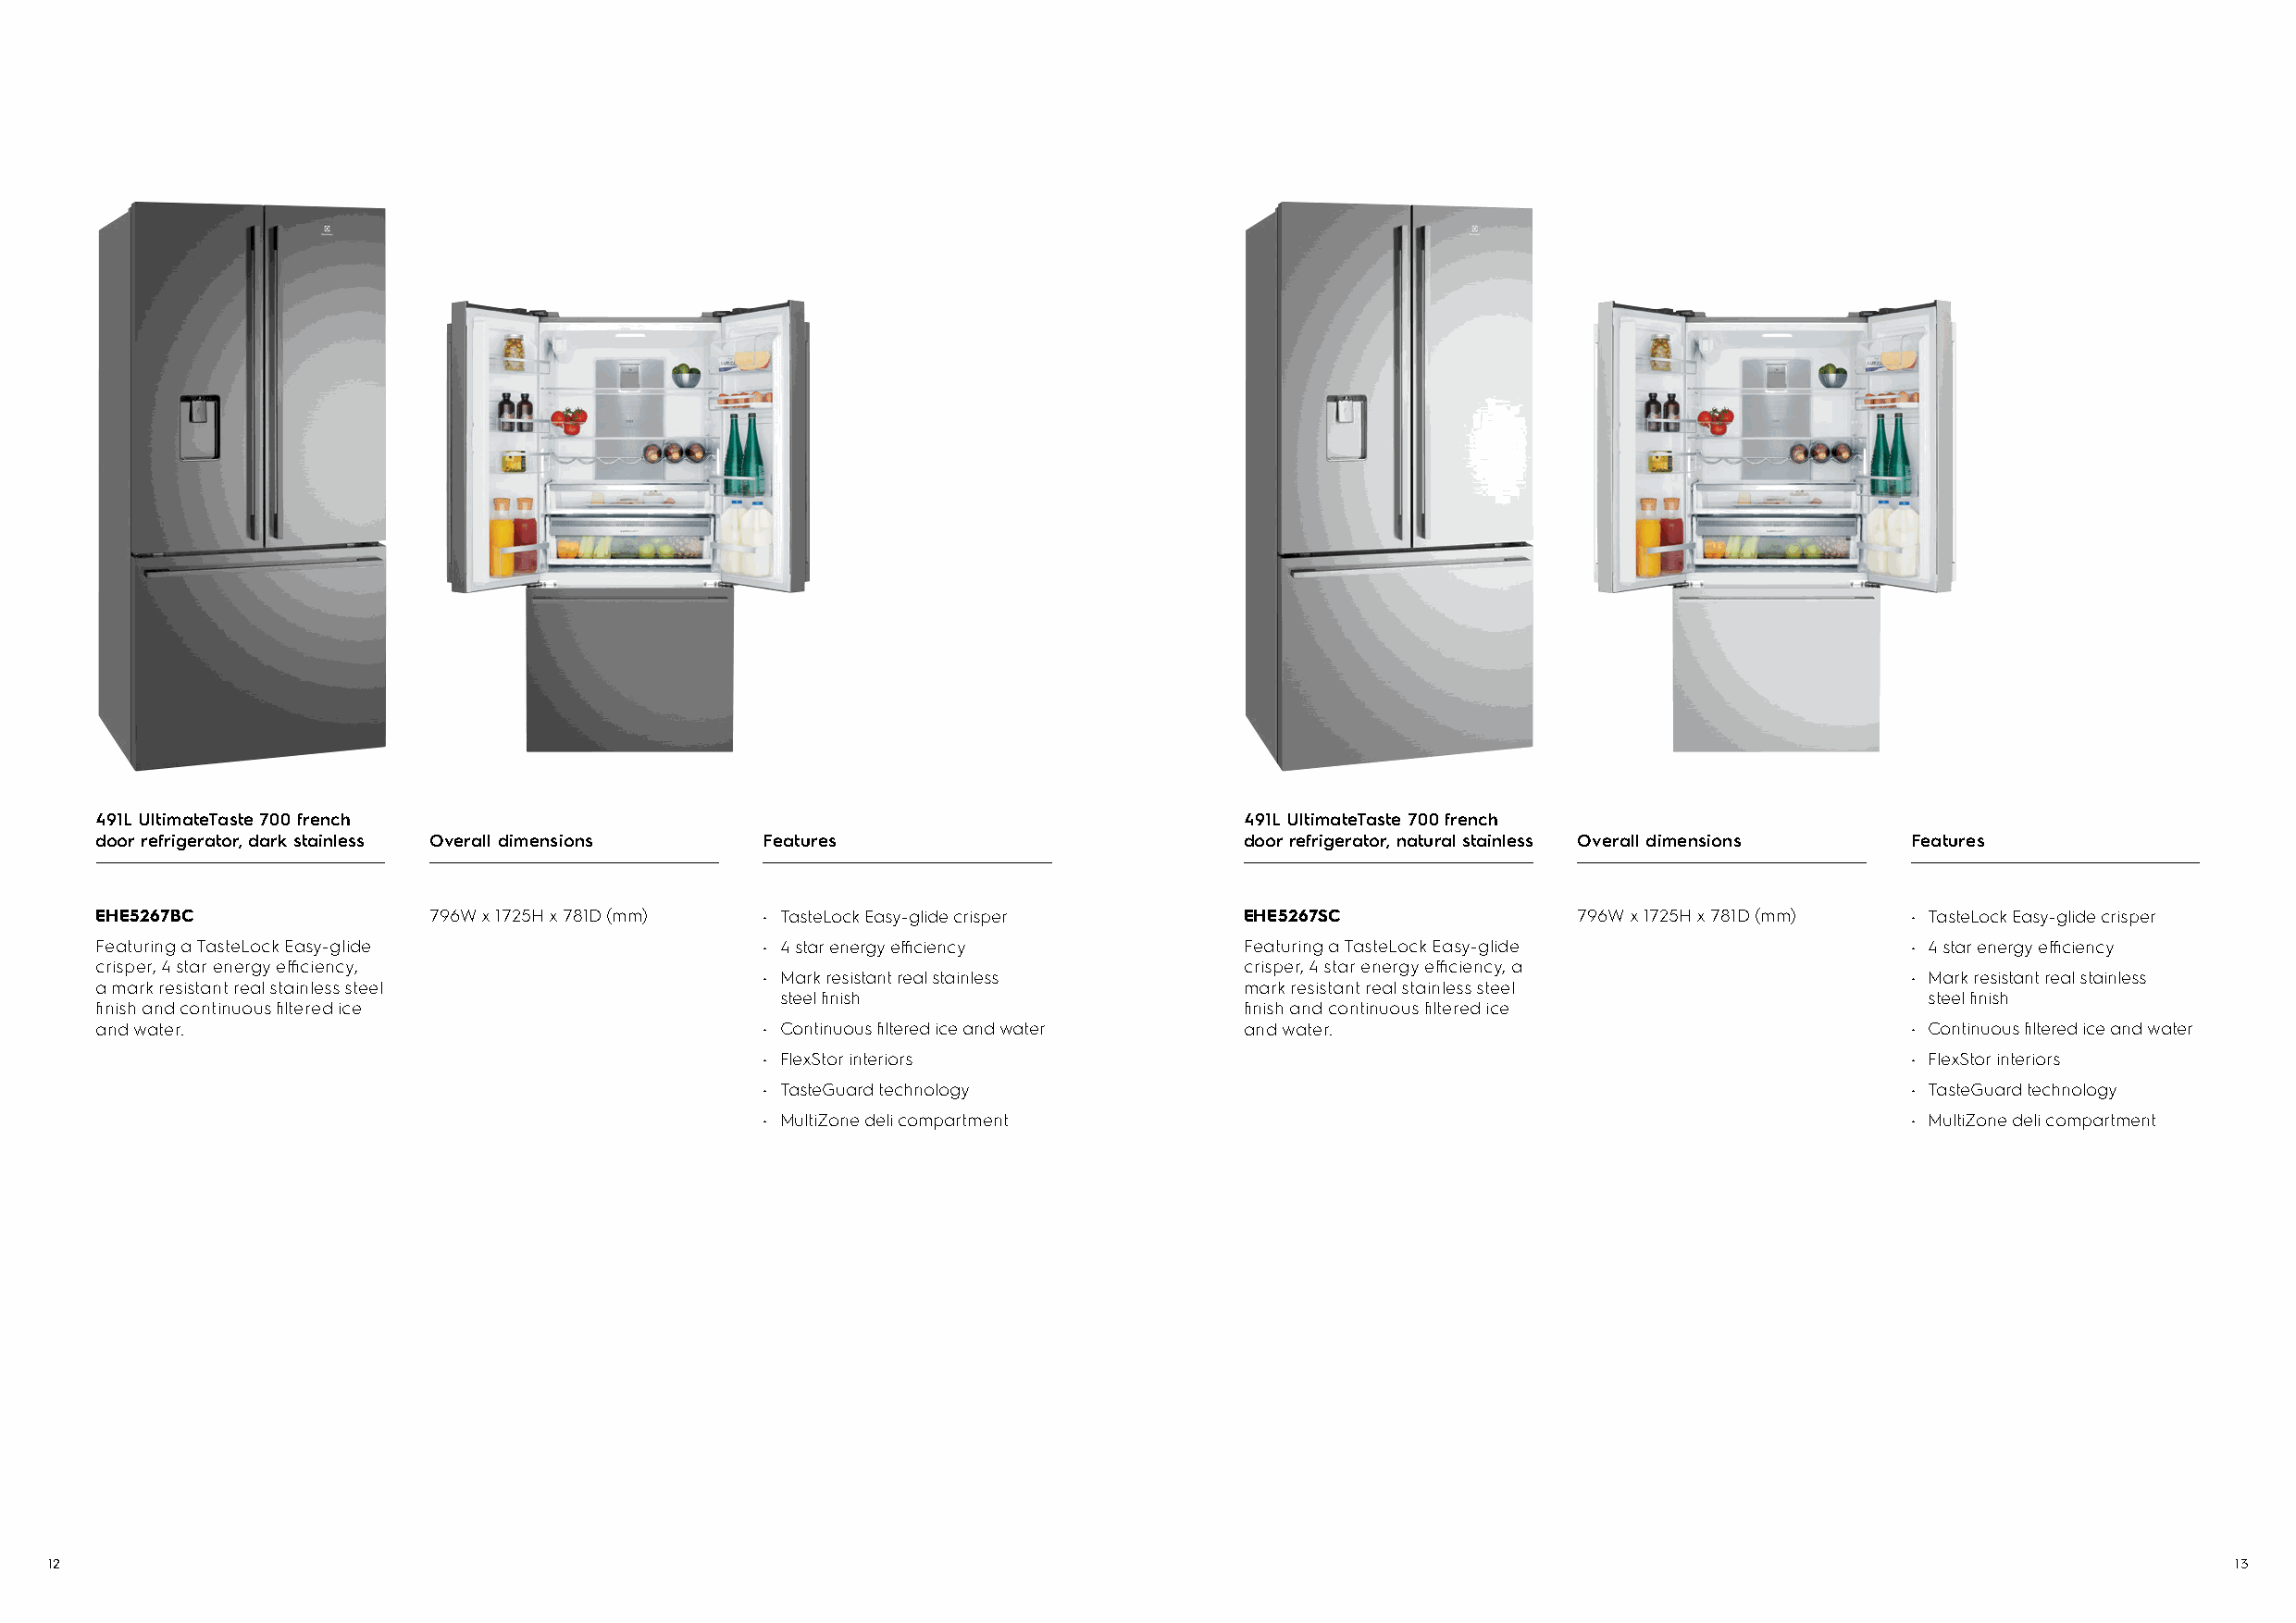
491L UltimateTaste 700 french                                                     491L UltimateTaste 700 french
 door refrigerator, dark stainless Overall dimensions Features                     door refrigerator, natural stainless Overall dimensions Features
 EHE5267BC               796W x 1725H x 781D (mm) • TasteLock Easy-glide crisper   EHE5267SC               796W x 1725H x 781D (mm) • TasteLock Easy-glide crisper
 Featuring a TasteLock Easy-glide                • 4 star energy efficiency        Featuring a TasteLock Easy-glide                • 4 star energy efficiency
 crisper, 4 star energy efficiency,                                                crisper, 4 star energy efficiency, a
 • Mark resistant real stainless                                                   • Mark resistant real stainless
 a mark resistant real stainless steel                                             mark resistant real stainless steel
 steel finish                                                                      steel finish
 finish and continuous filtered ice                                                finish and continuous filtered ice
 and water.                                      • Continuous filtered ice and water and water.                                    • Continuous filtered ice and water
 • FlexStor interiors                                                              • FlexStor interiors
 • TasteGuard technology                                                           • TasteGuard technology
 • MultiZone deli compartment                                                      • MultiZone deli compartment
 12                                                                                                                                                           13